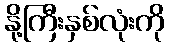
နို့ကြီးနှစ်လုံးကို